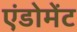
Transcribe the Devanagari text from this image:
एंडोमेंट